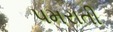
પમરાતી